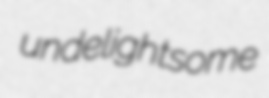
undelightsome